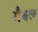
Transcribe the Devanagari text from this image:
मैबल